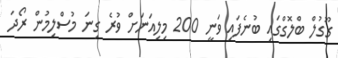
ގޫގުލް ބްލޮގްގައި ބުނެފައި ވަނީ 200 މިލިއަނަށް ވުރެ ގިނަ މުސްލިމުން ރޯދަ